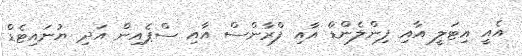
އެއީ އިޓަލީ އާއި ފިންލެންޑް އާއި ފްރާންސް އާއި ސްޕެއިން އަދި ޔުނައިޓެޑް